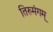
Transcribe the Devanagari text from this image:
तिरुमंगम्‌